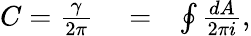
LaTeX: \begin{array}{rlr}{C=\frac{\gamma}{2\pi}}&{{}=}&{\oint\frac{dA}{2\pi i},}\end{array}